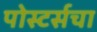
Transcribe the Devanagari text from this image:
पोस्टर्सचा